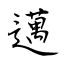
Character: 邁